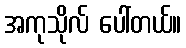
အကုသိုလ် ပေါ်တယ်။